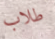
طلاب